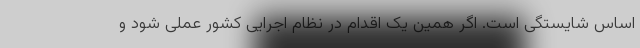
اساس شایستگی است. اگر همین یک اقدام در نظام اجرایی کشور عملی شود و